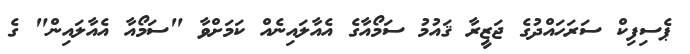
ޕެސިފިކް ސަރަހައްދުގެ ޖަޒީރާ ޤައުމު ސަމޯއާގެ އެއާލައިނެއް ކަމަށްވާ "ސަމޯއާ އެއާލައިން" ގެ